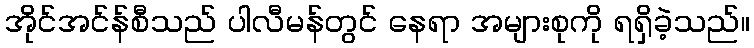
အိုင်အင်န်စီသည် ပါလီမန်တွင် နေရာ အများစုကို ရရှိခဲ့သည်။